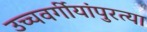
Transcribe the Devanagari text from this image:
उच्चवर्गीयांपुरत्या